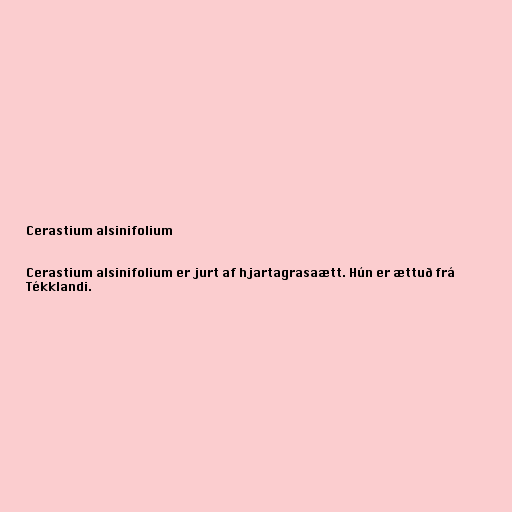
Cerastium alsinifolium

Cerastium alsinifolium er jurt af hjartagrasaætt. Hún er ættuð frá
Tékklandi.